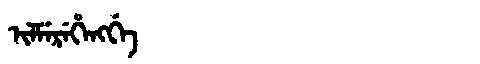
Manchu: ᡳᠯᠮᡝᡵᡝᡥᡝᠩᡤᡝ
Romanization: ILMEREHENGGE